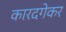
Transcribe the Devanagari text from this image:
कारदगेकर